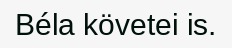
Béla követei is.